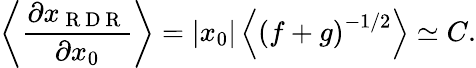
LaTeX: \left\langle\frac{\partial x_{\mathrm{~R~D~R~}}}{\partial x_{0}}\right\rangle=\left|x_{0}\right|\left\langle\left(f+g\right)^{-1/2}\right\rangle\simeq C.